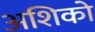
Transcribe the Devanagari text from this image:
अशिको